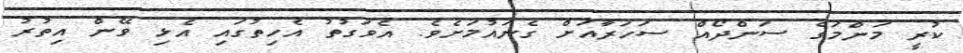
ކުރީ މަންމަގެ ސަންދޯއް ސަހަރާއަށް ގެނައުމަށެވެ. އެވަގުތު އެހިތުގައި އެޅި ވޭން އިތުރު